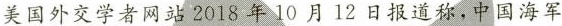
美国外交学者网站2018年10月12日报道称，中国海军